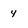
Character: 4